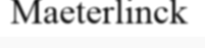
Maeterlinck